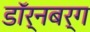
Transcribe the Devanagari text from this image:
डॉर्नबर्ग